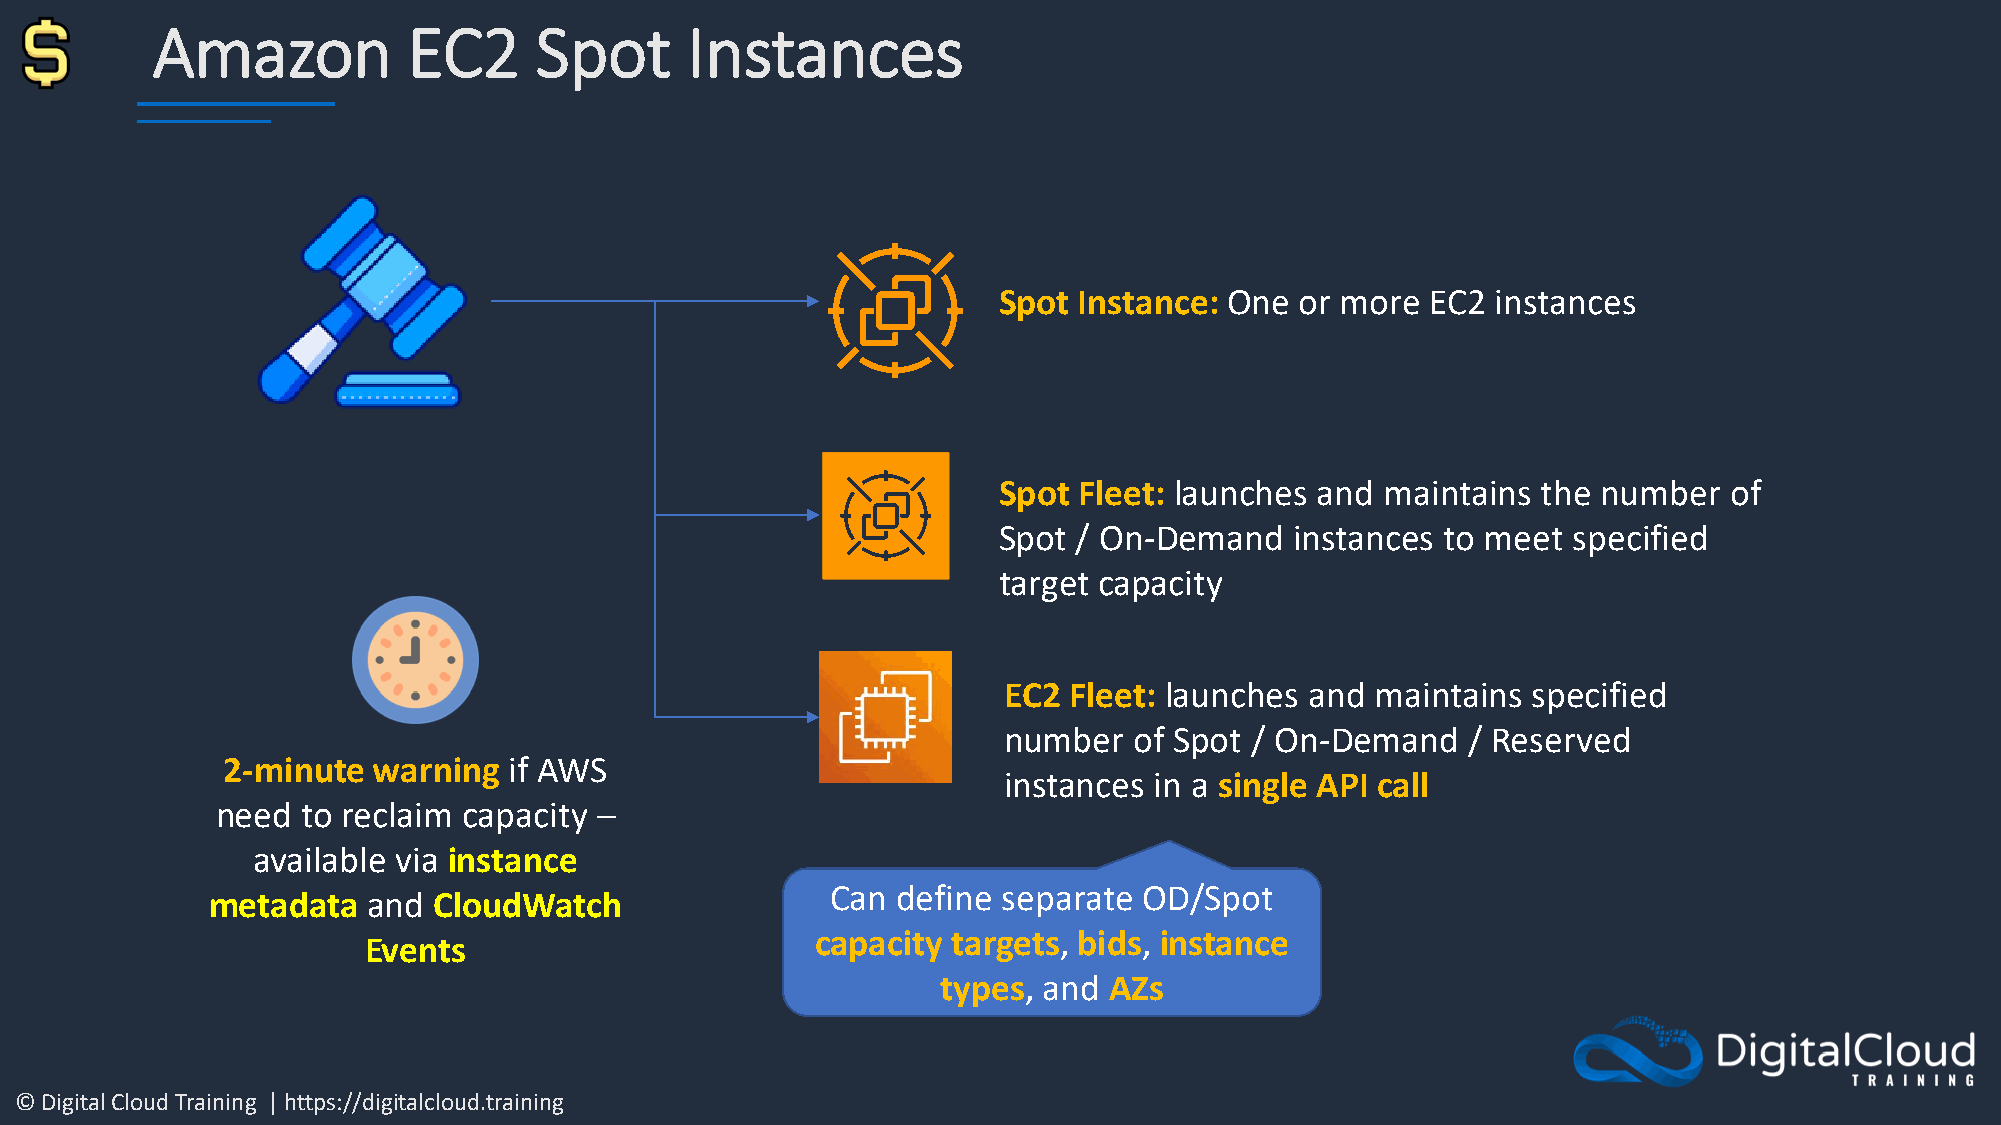
Amazon           EC2     Spot      Instances
 Spot Instance: One  or more  EC2 instances
 Spot Fleet: launches and  maintains the number   of
 Spot / On-Demand    instances to meet specified
 target capacity
 EC2  Fleet: launches and maintains specified
 number   of Spot / On-Demand   / Reserved
 2-minute  warning  if AWS
 instances in a single API call
 need  to reclaim capacity –
 available via instance
 Can define separate  OD/Spot
 metadata  and  CloudWatch
 capacity targets, bids, instance
 Events
 types, and AZs
 © Digital Cloud Training | https://digitalcloud.training